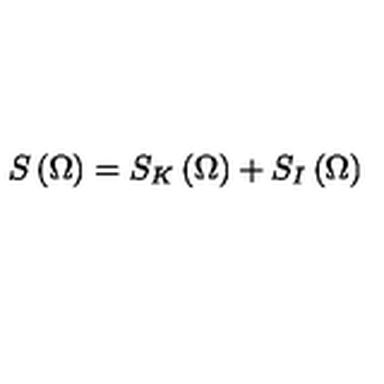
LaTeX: S \left( \Omega \right) = S _ { K } \left( \Omega \right) + S _ { I } \left( \Omega \right)